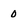
Character: 0